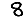
Digit: 8